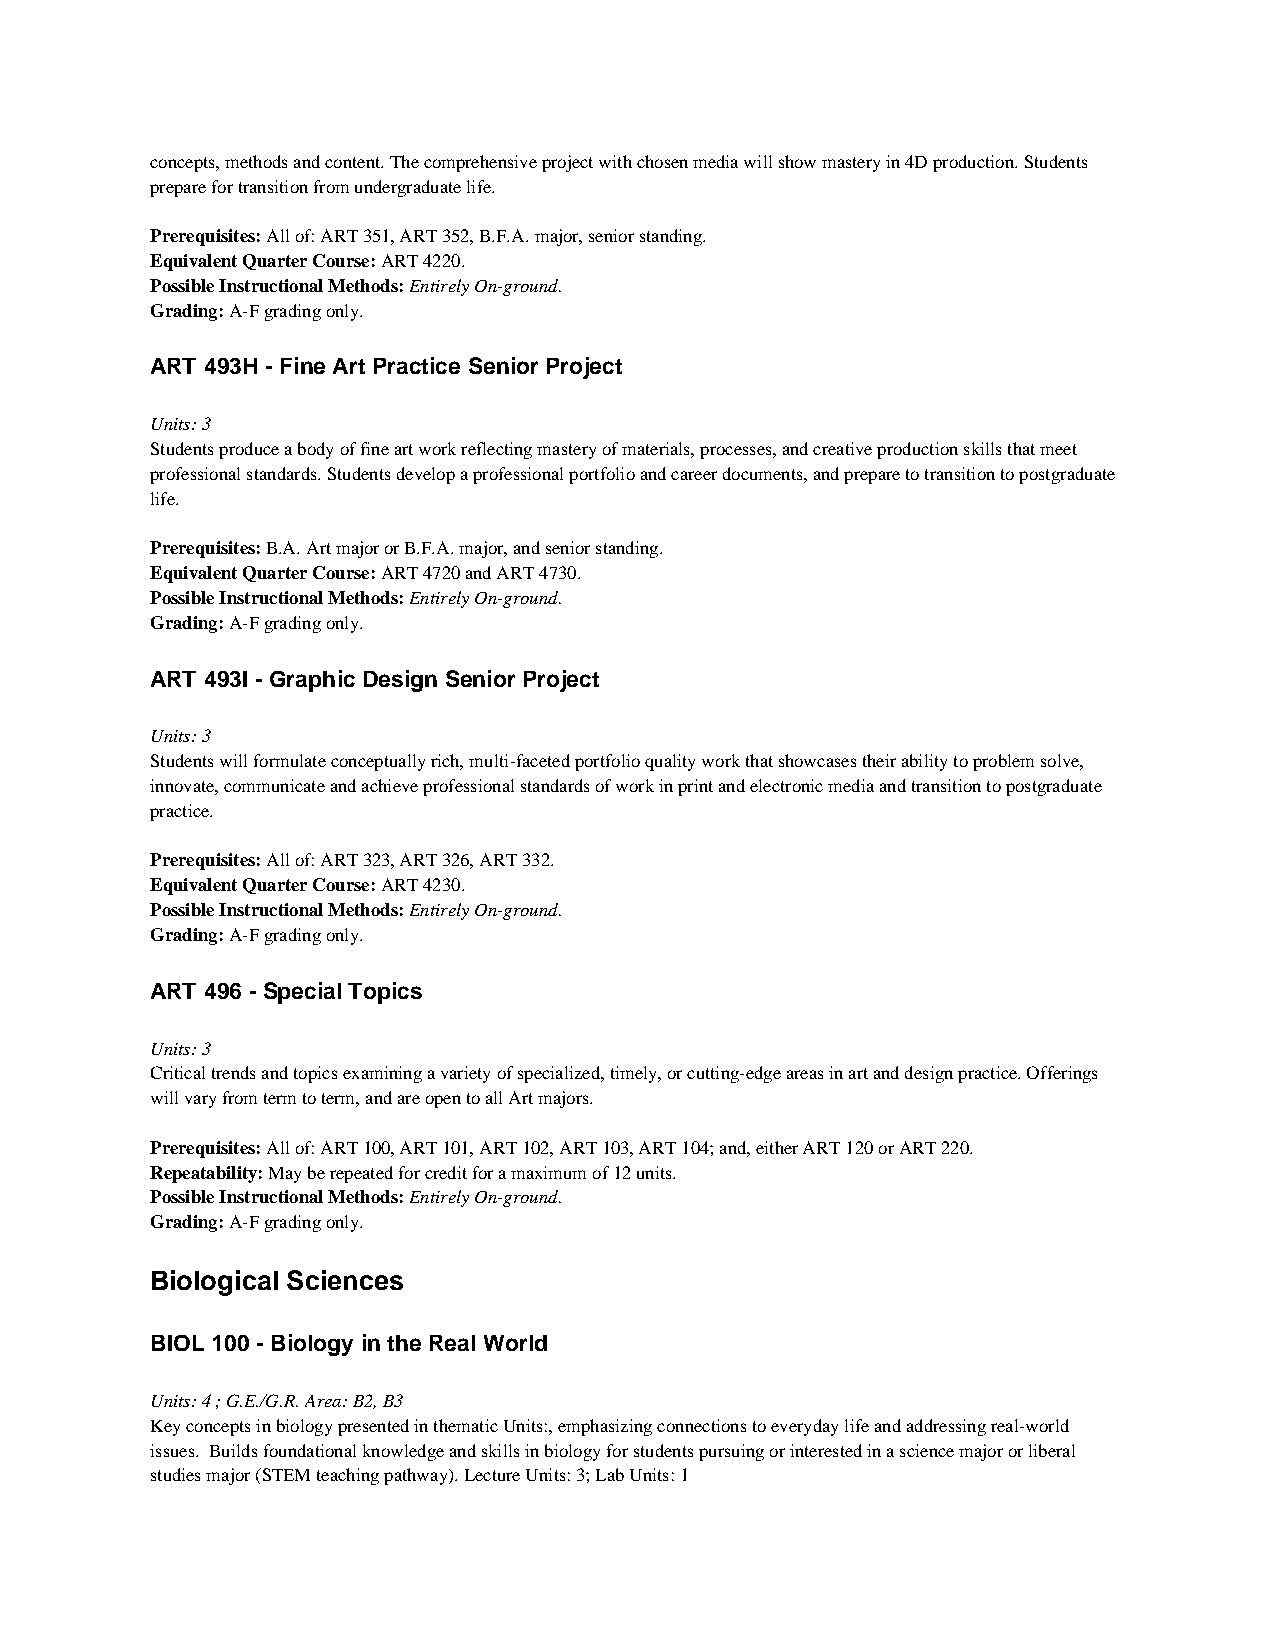
concepts, methods and content. The comprehensive project with chosen media will show mastery in 4D production. Students
 prepare for transition from undergraduate life.
 Prerequisites: All of: ART 351, ART 352, B.F.A. major, senior standing.
 Equivalent Quarter Course: ART 4220.
 Possible Instructional Methods: Entirely On-ground.
 Grading: A-F grading only.
 ART 493H - Fine Art Practice Senior Project
 Units: 3
 Students produce a body of fine art work reflecting mastery of materials, processes, and creative production skills that meet
 professional standards. Students develop a professional portfolio and career documents, and prepare to transition to postgraduate
 life.
 Prerequisites: B.A. Art major or B.F.A. major, and senior standing.
 Equivalent Quarter Course: ART 4720 and ART 4730.
 Possible Instructional Methods: Entirely On-ground.
 Grading: A-F grading only.
 ART 493I - Graphic Design Senior Project
 Units: 3
 Students will formulate conceptually rich, multi-faceted portfolio quality work that showcases their ability to problem solve,
 innovate, communicate and achieve professional standards of work in print and electronic media and transition to postgraduate
 practice.
 Prerequisites: All of: ART 323, ART 326, ART 332.
 Equivalent Quarter Course: ART 4230.
 Possible Instructional Methods: Entirely On-ground.
 Grading: A-F grading only.
 ART 496 - Special Topics
 Units: 3
 Critical trends and topics examining a variety of specialized, timely, or cutting-edge areas in art and design practice. Offerings
 will vary from term to term, and are open to all Art majors.
 Prerequisites: All of: ART 100, ART 101, ART 102, ART 103, ART 104; and, either ART 120 or ART 220.
 Repeatability: May be repeated for credit for a maximum of 12 units.
 Possible Instructional Methods: Entirely On-ground.
 Grading: A-F grading only.
 Biological Sciences
 BIOL 100 - Biology in the Real World
 Units: 4 ; G.E./G.R. Area: B2, B3
 Key concepts in biology presented in thematic Units:, emphasizing connections to everyday life and addressing real-world
 issues. Builds foundational knowledge and skills in biology for students pursuing or interested in a science major or liberal
 studies major (STEM teaching pathway). Lecture Units: 3; Lab Units: 1